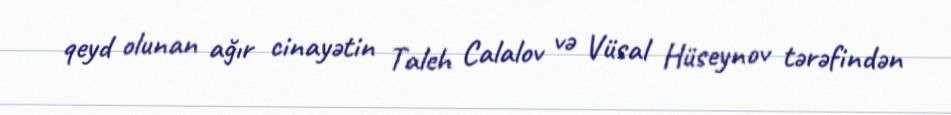
qeyd olunan ağır cinayətin Taleh Calalov və Vüsal Hüseynov tərəfindən